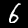
Digit: 6